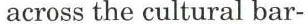
across the cultural bar-